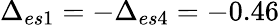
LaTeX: \Delta_{es1}=-\Delta_{es4}=-0.46